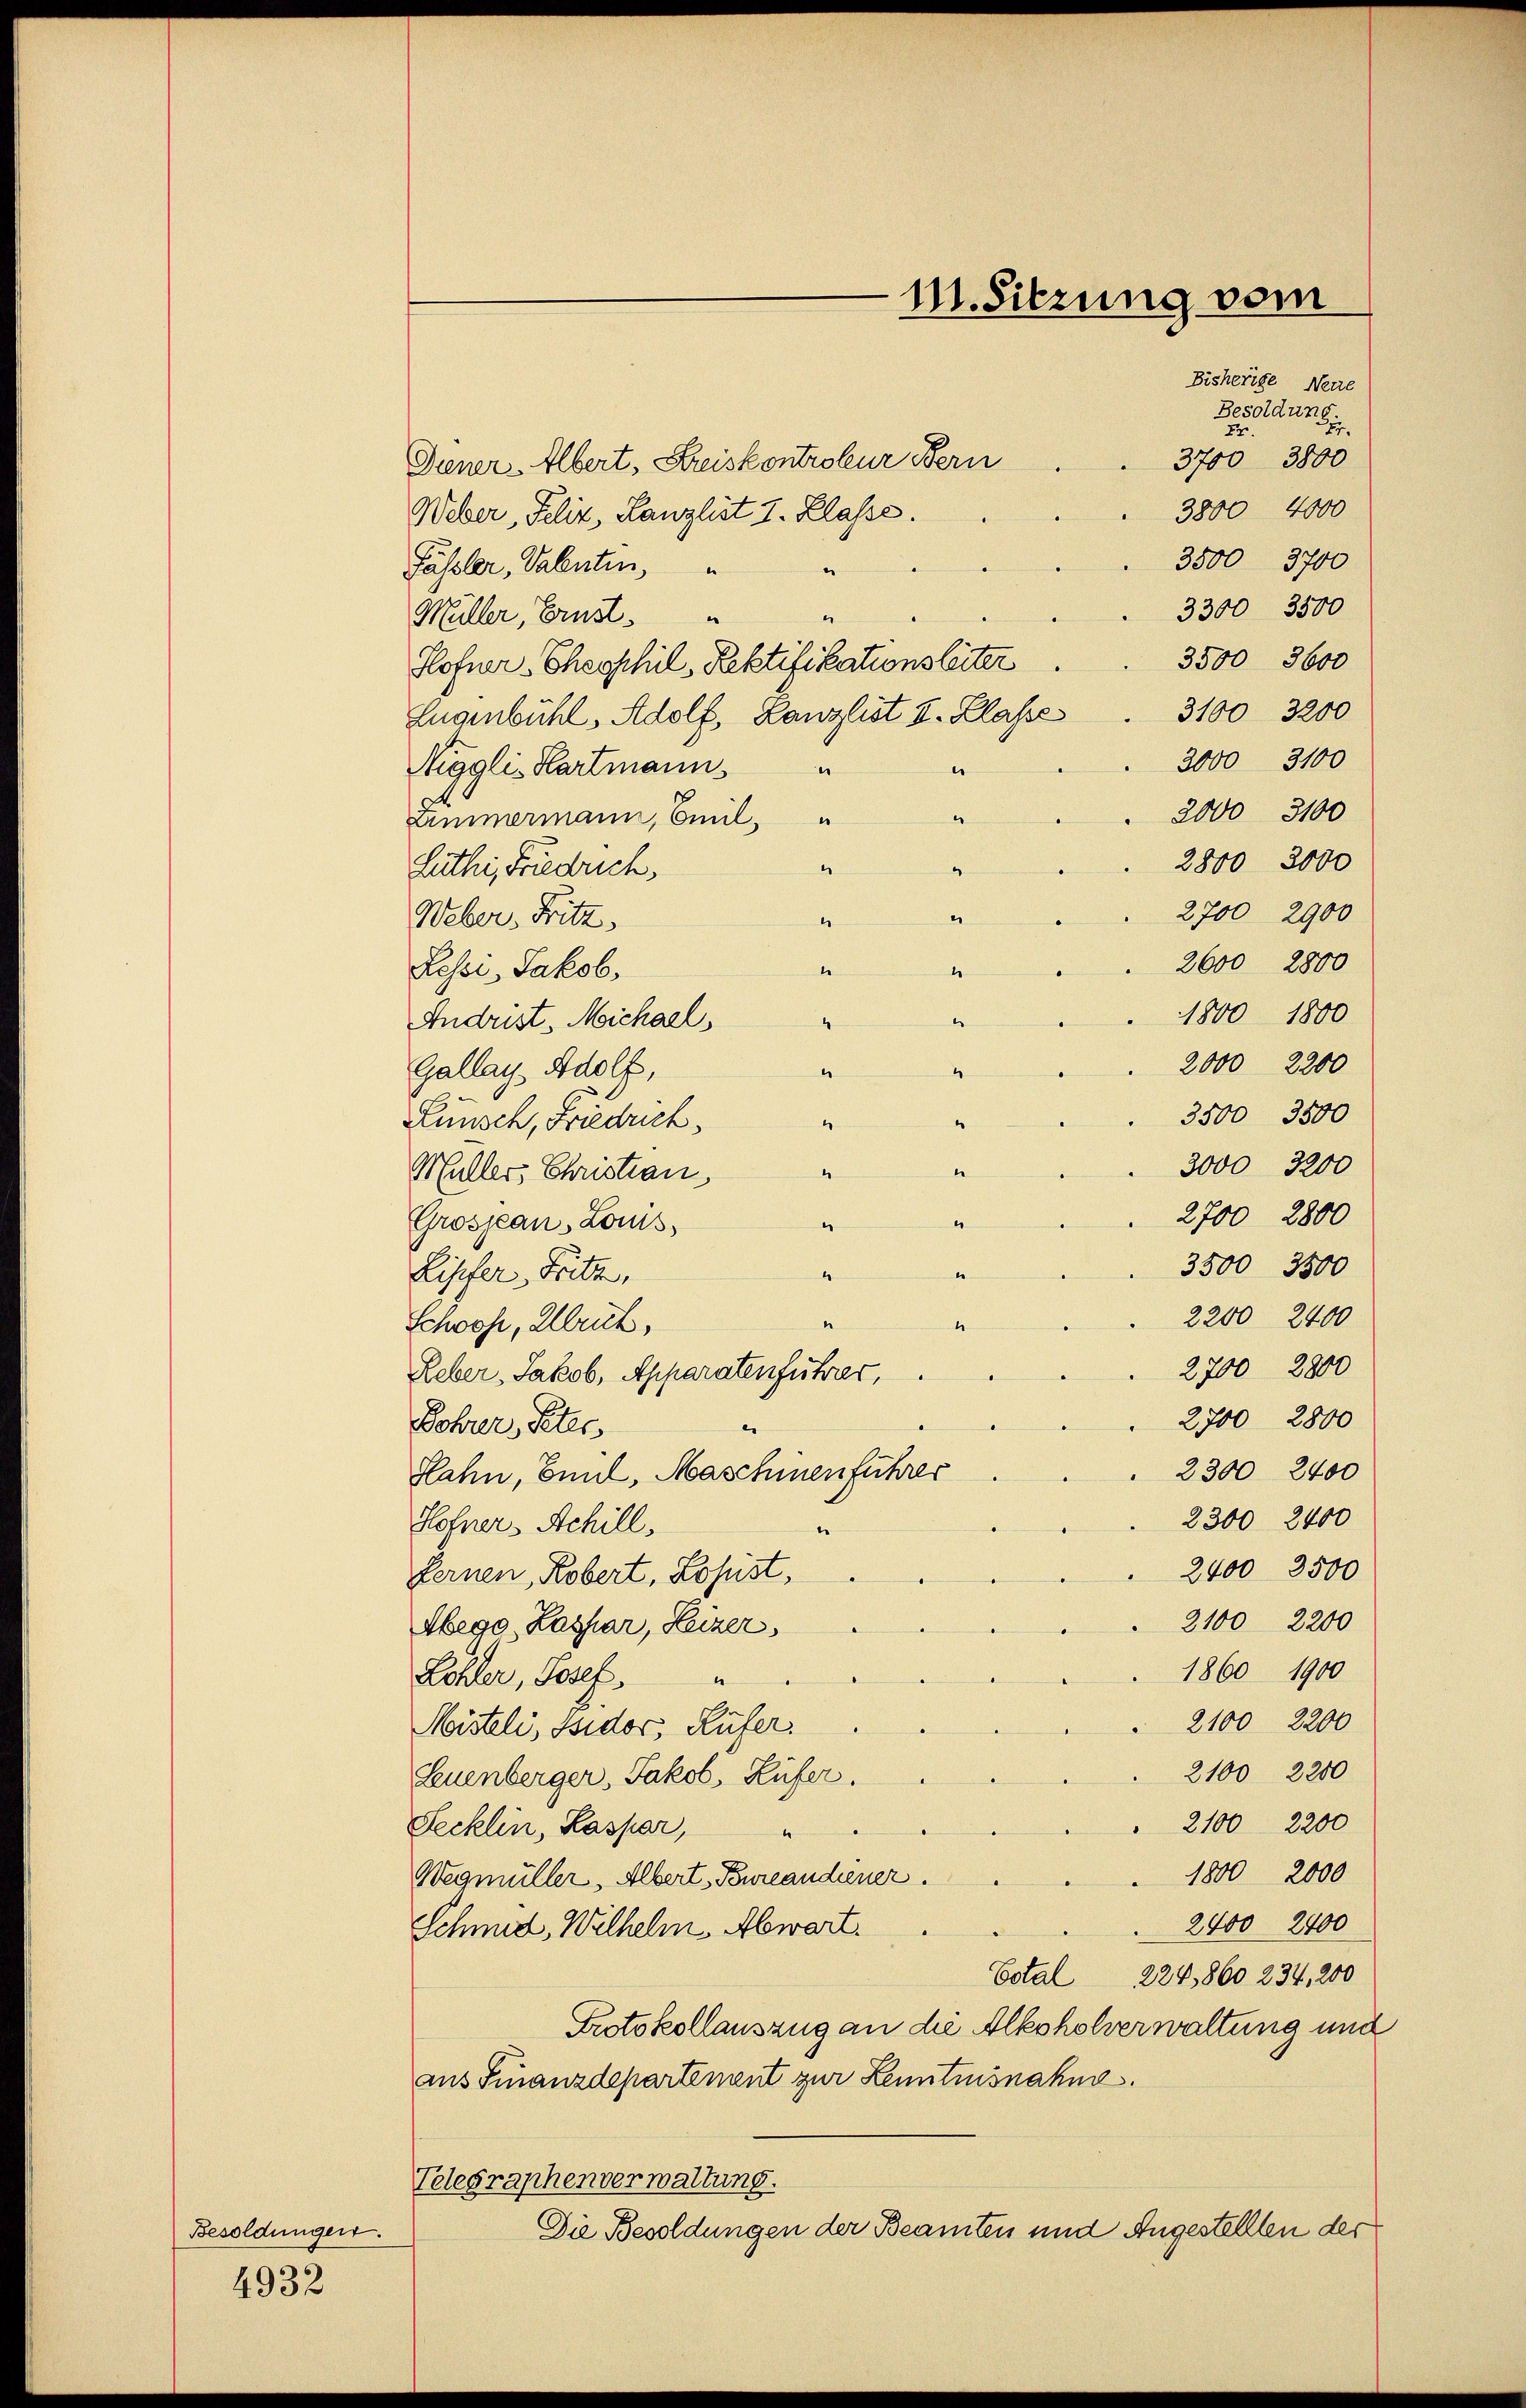
Besoldungen.
4932

Bisherige Neue
Besoldung.
.
Er.
3700 3800
Diener-Albert, Kreiskontroleur Fern
3800 4000
Weber, Felix, Lanzlist I. Klasse.
3500 3700
Fässler, Valenten,
3300 3500
Müller, Ernst.
e
3500 3600
Hofner Eheschil, Rektifikationsleiter
3100 3200
Eugenbühl, Adolf, Kanzlist I. Klasse
3000 3100
Niggli-Hartmann
.
.
2000 3100
Zimmermann, Beil,
2800 2000
“
Lüthi, Friedrich,
2700 2900
Weber. Fritz
.
2600 2800
Lessi, Jakob
te
1
1800 1800
e
Andrist. Michael,
2000 2200
“
Gallay, Wolf,
e
3500 3500
Lunsch, Friedrich,
“
3000, 3200
e
4
Müller, Christian
2700 2800
e
Grosseau, Laus.
e
3500 3500
s
Lipfer Fritz,
“
2200 2400
e
Schwehr, Ulrich,
“
2700 2800
Leber Jakob, Apparatenführer,
2700 2800
Bohrer, Peter
2300 2400
Slahn, Ennt, Maschien führer
2300 2400
Hofner Achill.
e
2400 3500
fernen, Robert, Lopist,
2100 2200
Aego Kaspar, Heizer,
1860 1900
Lohler, Josef,
2100 2200
Misteli, ssidor Rufer.
2100 2200
Leuenberger, Jakob, Küfer.
 2100 2200
Fecklin, Kaspar,
1800 2000
Wegmüller, Albert, Bureaudiener.
2400 2400
Schmid, Wilhelm, Abwart.
Cotal 224,860 234, 200
Protokollauszug an die Alkoholverwaltung und
aus Finanzdepartement zur Kenntnisnahme.
Telegraphenverwaltung.
Die Besoldungen der Beamten und Angestellten der

M. Sitzung vom